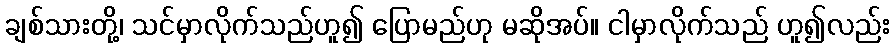
ချစ်သားတို့၊ သင်မှာလိုက်သည်ဟူ၍ ပြောမည်ဟု မဆိုအပ်။ ငါမှာလိုက်သည် ဟူ၍လည်း